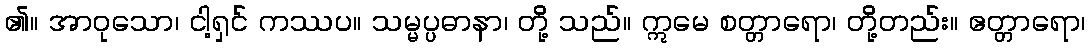
၏။ အာဝုသော၊ ငါ့ရှင် ကဿပ။ သမ္မပ္ပဓာနာ၊ တို့ သည်။ ဣမေ စတ္တာရော၊ တို့တည်း။ ဧတ္တာရော၊